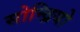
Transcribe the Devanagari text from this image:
सोन्द्रियो